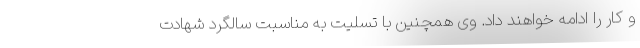
و کار را ادامه خواهند داد. وی همچنین با تسلیت به مناسبت سالگرد شهادت